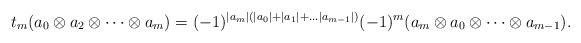
LaTeX: \begin{align*} t_m(a_0\otimes a_2 \otimes \dots \otimes a_m)=(-1)^{|a_m|(|a_0|+|a_1|+\dots |a_{m-1}|)} (-1)^m(a_m \otimes a_0 \otimes \dots \otimes a_{m-1}). \end{align*}